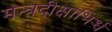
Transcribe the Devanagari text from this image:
मन्त्रदीक्षाभिर्र्ध